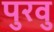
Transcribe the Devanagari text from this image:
पुरवु